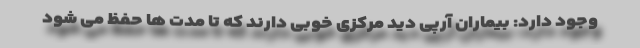
وجود دارد: بیماران آرپی دید مرکزی خوبی دارند که تا مدت ها حفظ می شود